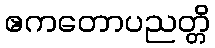
ဧကတောပညတ္တိ